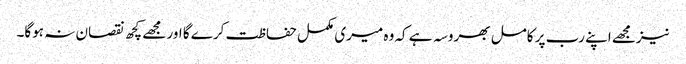
نیزمجھے اپنے رب پر کامل بھروسہ ہے کہ وہ میری مکمل حفاظت کرے گا اور مجھے کچھ نقصان نہ ہوگا۔